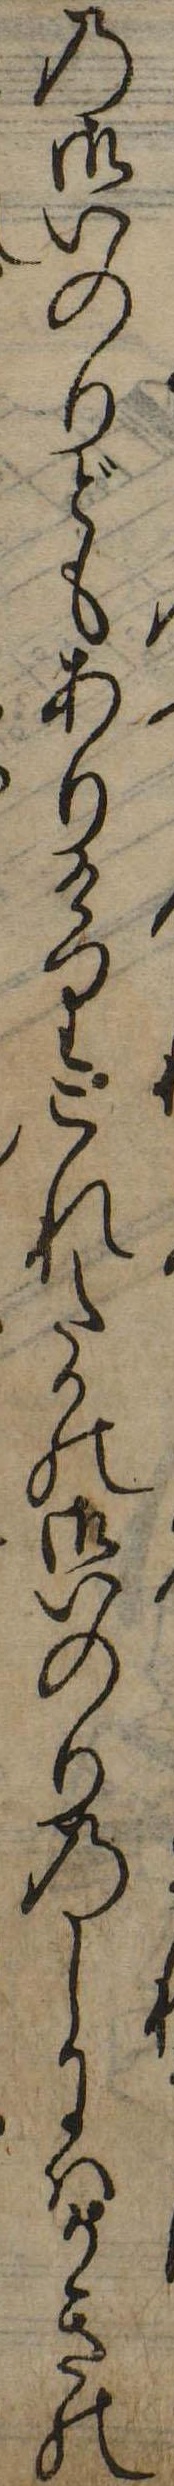
の御いのりどもありけりこれたかの御いのりのしにはかきの